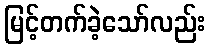
မြင့်တက်ခဲ့သော်လည်း